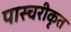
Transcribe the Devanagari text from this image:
पास्चरीकृत